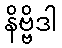
နိဗ္ဗိဒါ